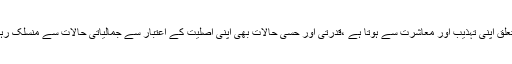
فرد کا تعلق اپنی تہذیب اور معاشرت سے ہوتا ہے ،قدرتی اور حسی حالات بھی اپنی اصلیت کے اعتبار سے جمالیاتی حالات سے منسلک رہتے ہیں۔